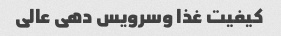
کیفیت غذا وسرویس دهی عالی